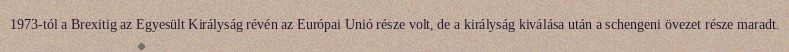
1973-tól a Brexitig az Egyesült Királyság révén az Európai Unió része volt, de a királyság kiválása után a schengeni övezet része maradt.